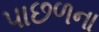
પાછળના